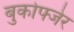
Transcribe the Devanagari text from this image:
बुकोफ्जेर